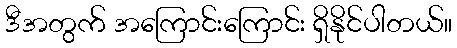
ဒီအတွက် အကြောင်းကြောင်း ရှိနိုင်ပါတယ်။